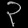
Digit: ၃